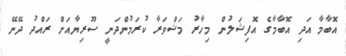
އޮބާމާ އަދި އޮބާމާގެ އޮފިޝަލުން މިހާރު މަޝްވަރާ ކުރަމުންދަނީ ސޫރިޔާއަށް ރައްދު ދޭނޭ